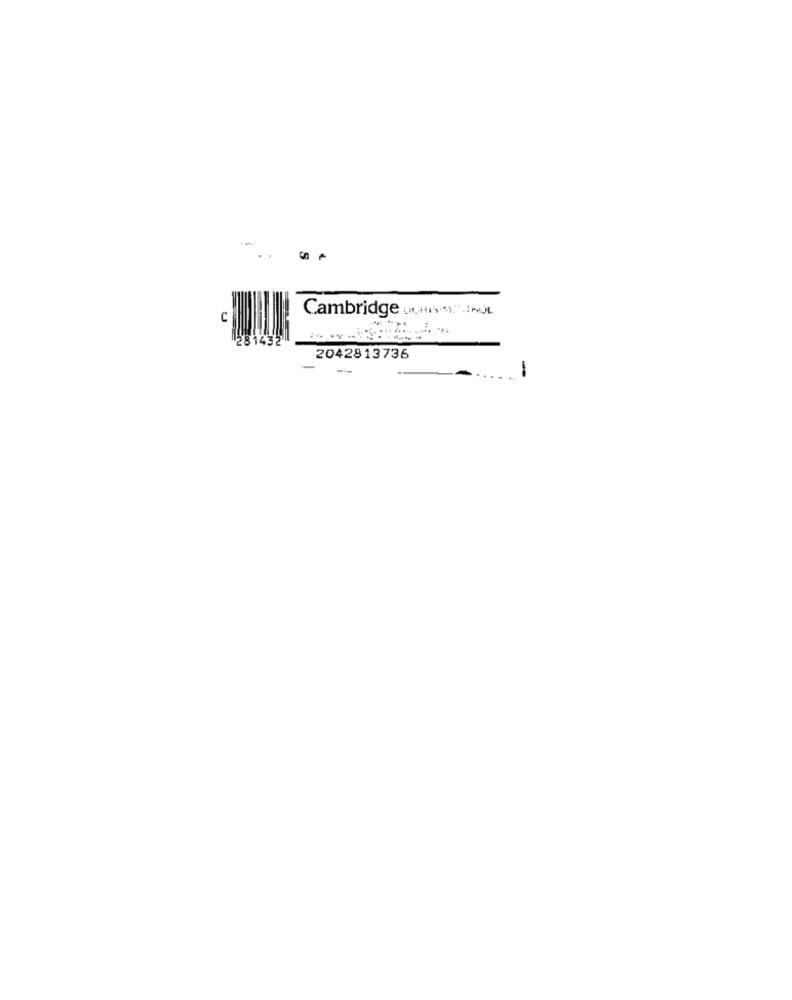
-
..
C
Cambridge DICHIN.4)".INUL
814
2042813736
-
-